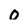
Character: O